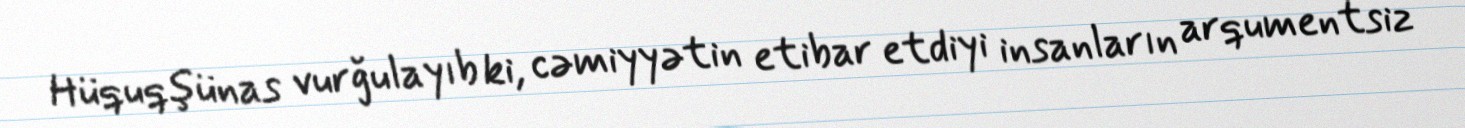
Hüquqşünas vurğulayıb ki, cəmiyyətin etibar etdiyi insanların arqumentsiz